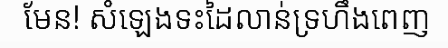
មែន! សំឡេងទះដៃលាន់ទ្រហឹងពេញ